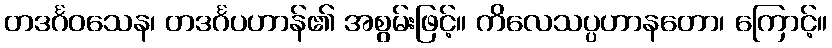
တဒင်္ဂဝသေန၊ တဒင်္ဂပဟာန်၏ အစွမ်းဖြင့်။ ကိလေသပ္ပဟာနတော၊ ကြောင့်။